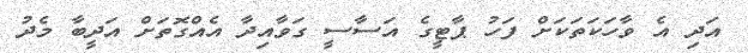
އަދި އެ ވާހަކަތަކަށް ފަހު ޕާޓީގެ އަސާސީ ގަވާއިދާ އެއްގޮތަށް އަދީބާ މެދު